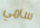
سامي